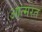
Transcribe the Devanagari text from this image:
आत्मरत